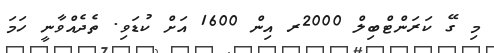
މި ގޭ ކަރަންޓްބިލް 2000ރ އިން 1600 އަށް ކުޑަވި. ތެދެއްވާނީ ހަމަ